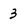
Character: 3